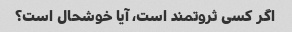
اگر کسی ثروتمند است، آیا خوشحال است؟